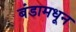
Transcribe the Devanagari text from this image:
बंडामधून